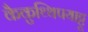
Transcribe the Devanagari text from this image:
कैकुथ्थिपयाट्टू